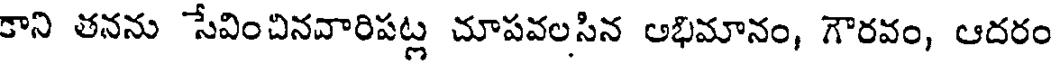
కాని తనను సేవించినవారిపట్ల చూపవలసిన అభిమానం, గౌరవం, ఆదరం